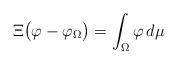
LaTeX: \begin{align*}\Xi\big(\varphi- \varphi _\Omega\big)=\int_\Omega \varphi\,d\mu\end{align*}